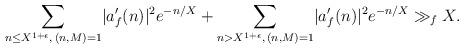
LaTeX: \begin{align*} \underset{n\le X^{1+\epsilon}, \, (n,M)=1}{\sum}|a'_f(n)|^{2} e^{-n/X} + \underset{n > X^{1+\epsilon}, \, (n,M)=1}{\sum}|a'_f(n)|^{2} e^{-n/X}\gg_f X.\end{align*}